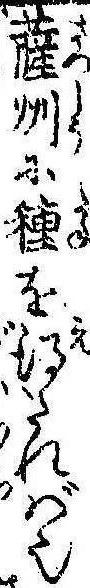
薩州に種を得たれば也